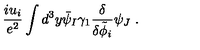
\frac { i u _ { i } } { e ^ { 2 } } \int d ^ { 3 } y \bar { \psi } _ { I } \gamma _ { 1 } \frac { \delta } { \delta \tilde { \phi } _ { i } } \psi _ { J } \ .